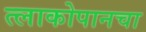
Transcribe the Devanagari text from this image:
त्लाकोपानचा